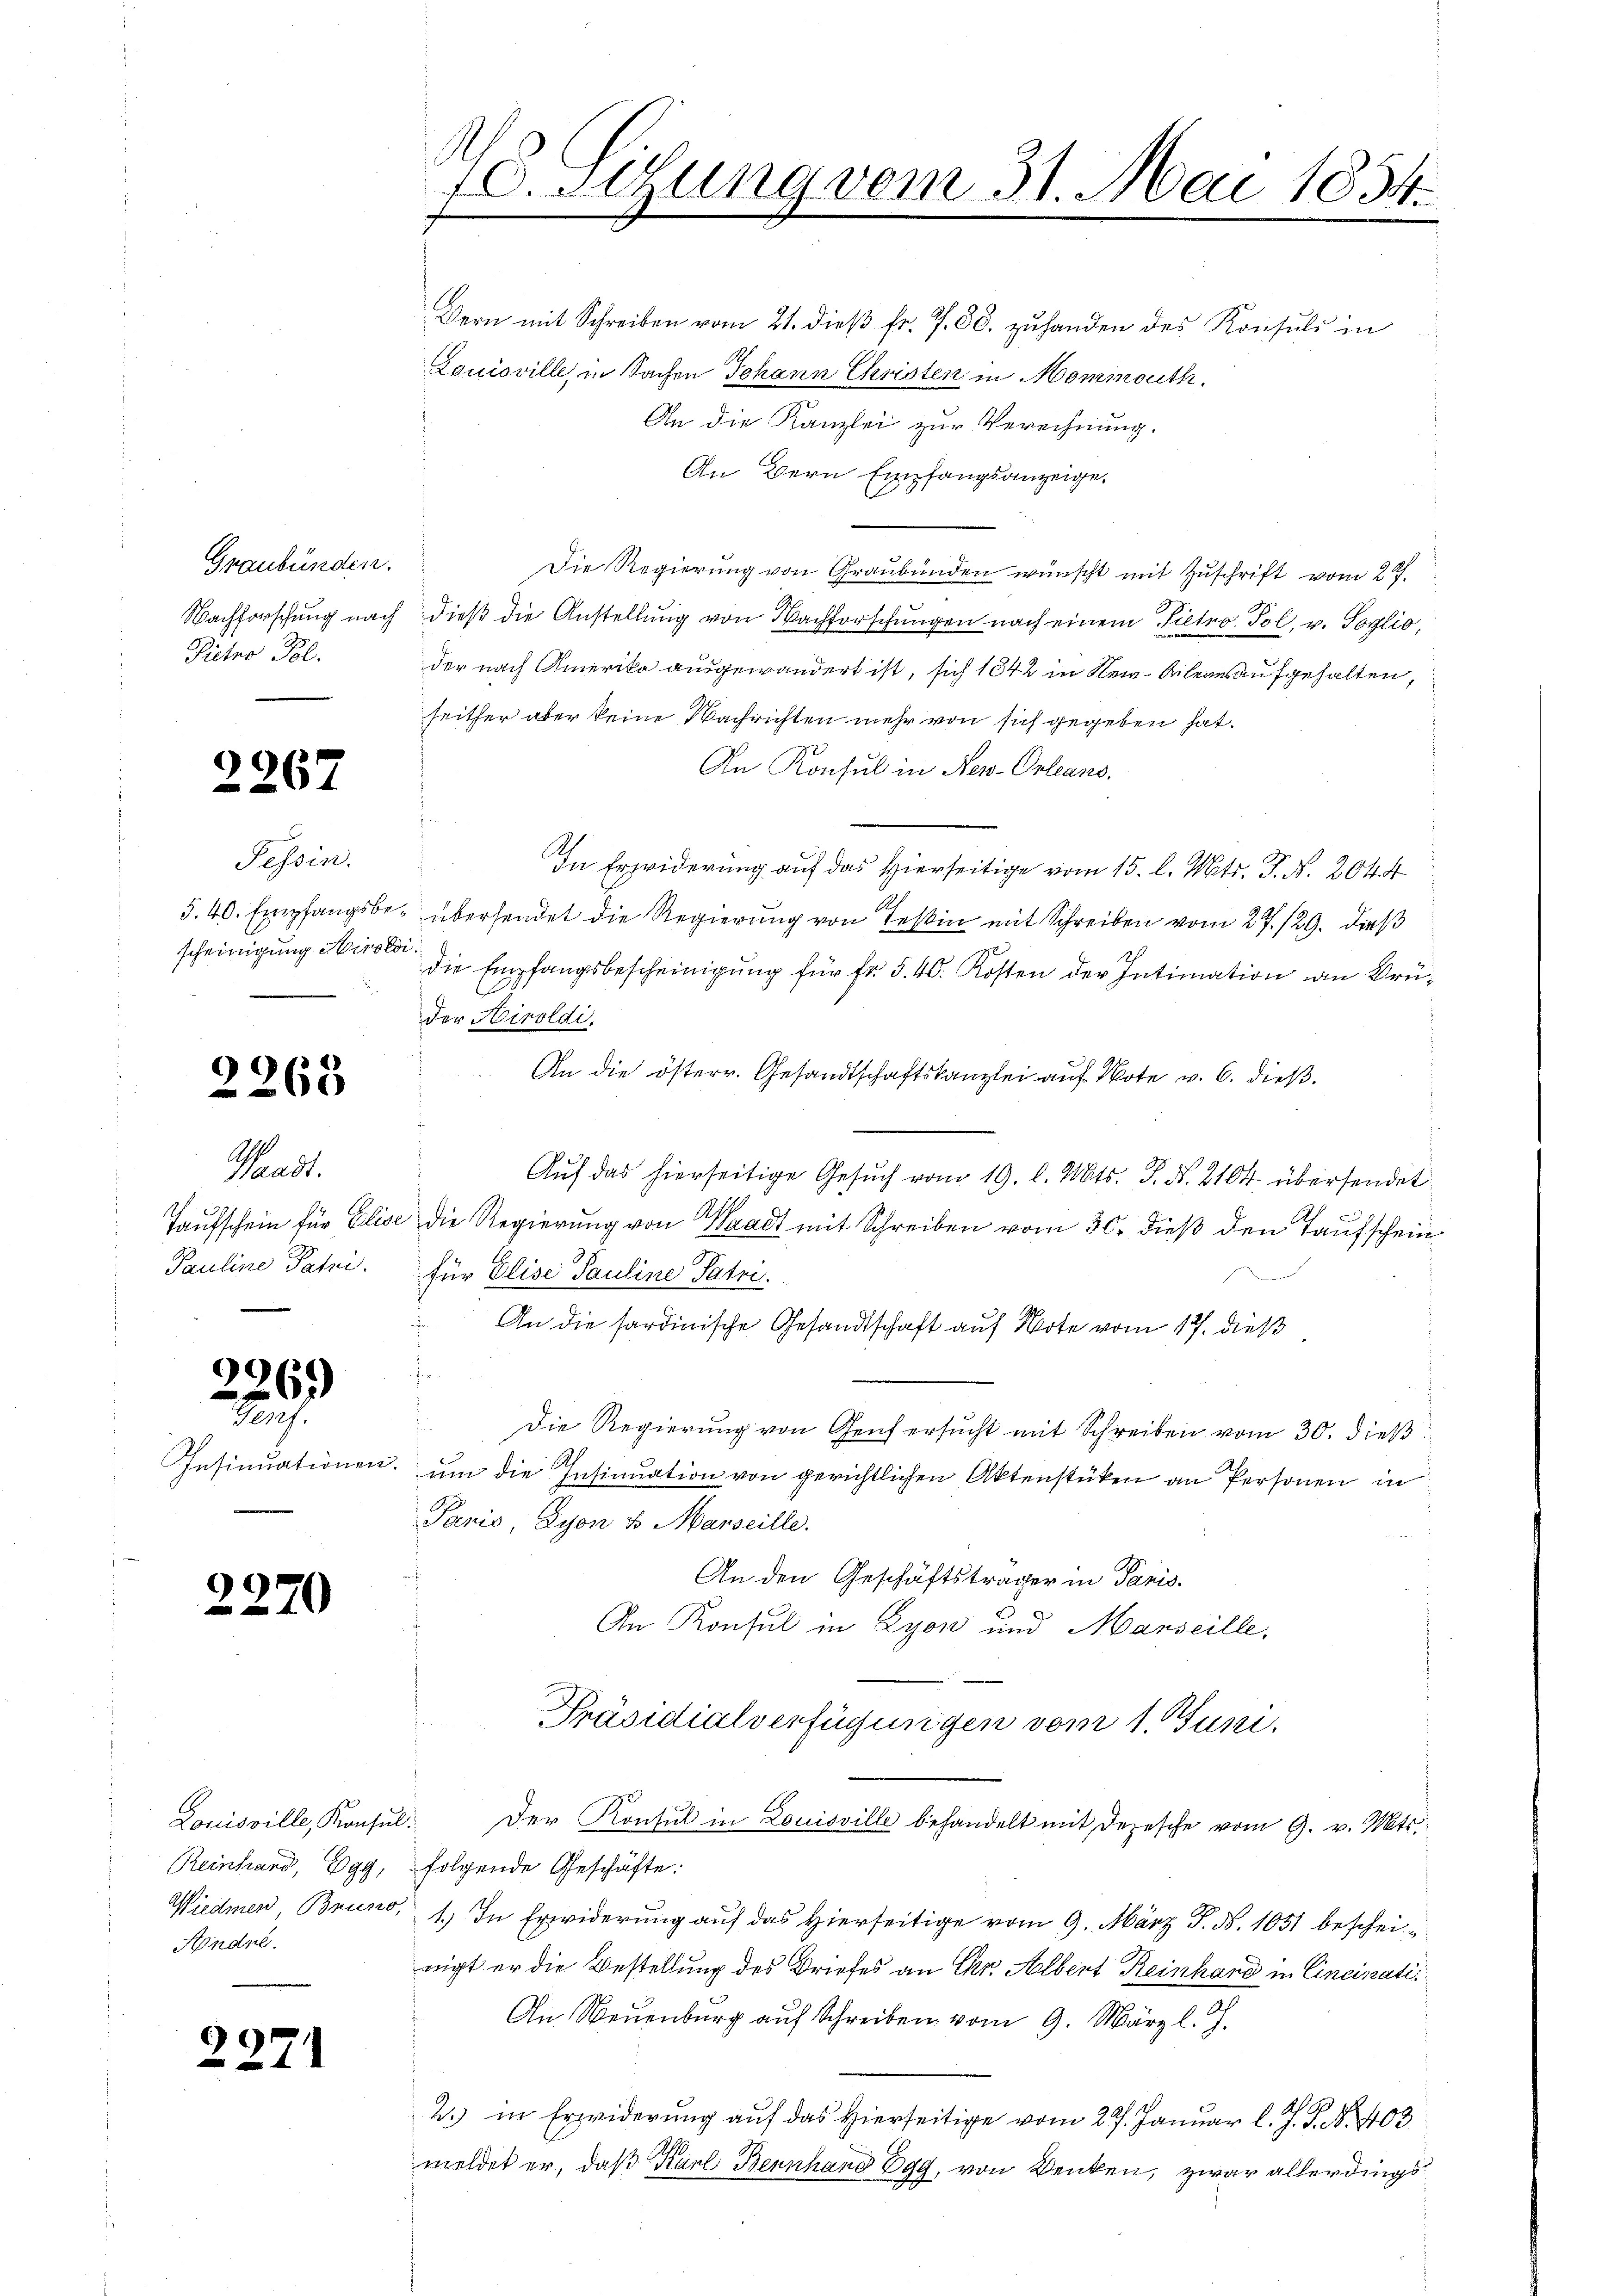
Graubünden.
Picto Fol.

2267

Tessin.
scheinigung Airoldi

2268

Tadt.
Pauline Patri

226.)
Freih

Insinuationen

29

d

)

Andne.

1

Dern mit Schreiben vom 21. dieß fr. 7. 88. zuhanden des Konsul in
Louisville, in Sachen Johann Christen in Mommouth.
An die Kanzlei zur Verechnung.
An Bern Empfangsanzeige.
Die Regierung von Graubünden wünscht mit Zuschrift vom 27.
Nachforschung nach dieβ die Anstellŭng von Nachforschŭngen nach einem Pietro Pol, u. Soglio,
der nach Amerika ausgewandert ist, sich 1842 in New-Orleans aufgehalten,
seither aber keine Nachrichten mehr von sich gegeben hat.
An Konsul in New-Orleans
.
In Erwiderung auf das Hierseitige vom 15. l. Mts. T. N. 2044
5.40. Empfangsbe- übersendet die Regierung von Teßin mit Schreiben vom 27./29. dieß
die Empfangsbescheinigung für fr. 540. Kosten der Intimation an Brüder Hiroldi,
 An die österr. Gesandtschaftskanzlei auf Note v. 6. dieß¬
Aŭf das hierseitige Gesŭch vom 19. l. Mts. S. Nr. 2104 übersendet
Taufschein für Elise die Regierung von Waadt mit Schreiben vom 30. dieß den Taufschein
für Elise Pauline Patri.
An die sardinische Gesandtschaft auf Note vom 17. dieß
¬
Die Regierung von Genf ersŭcht mit Schreiben vom 30. dieβ
3. um die Insinuation von gerichtlichen Aktenstüken an Personen in
Panić, Lyon u. Marseille.
An den Geschäftsträger in Paris.
An Konsul in Lyon und Manseille,
Präsidialverfügungen vom 1. Juni.
Louisville, Konsul der Konsul in Louisville behandelt mit Depesche vom 9. v. Mts.
Reinhard, Egg, folgende Geschäfte.
Wiedmer, Bruno, 1.) In Erwiderung auf das Hierseitige vom 9. März P. Nr. 1051 bescheinigt er die Bestellung des Briefes an Chr. Albert Reinhand in Cincinati¬
An Neuenburg auf Schreiben vom 9. März l. J.
2. in Erwiderung auf das Hierseitige vom 27. Januar l. J. J. N. 403
meldet er, daß Karl Bernhang Egg, von Denken, zwar allerdings

10. Segung vom 31. Mai 1834.